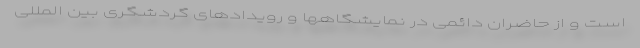
است و از حاضران دائمی در نمایشگاهها و رویدادهای گردشگری بین المللی